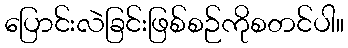
ပြောင်းလဲခြင်းဖြစ်စဉ်ကိုစတင်ပါ။